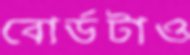
বোর্ডটাও